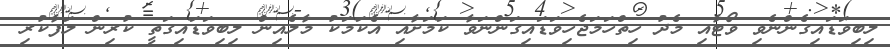
ލިބިވަޑައިގެންނެވި ވޯޓާއި މެދު ހިތްހަމަޖެހިވަޑައިގަންނަވާ ކަމަށާއި އެކަމަކު މާލެއިން ލިބިވަޑައިގަތީ ކުރިން ލަފާކުރި